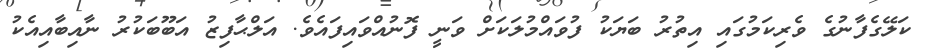
ކަލޭގެފާނުގެ ވެރިކަމުގައި އިތުރު ބަޔަކު ފުވައްމުލަކަށް ވަނީ ފޮނުއްވައިފައެވެ. އަލްޙާފިޒު އަބޫބަކުރު ނާއިބާއިއެކު